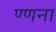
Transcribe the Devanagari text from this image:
ण्णना